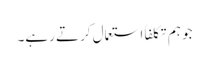
جو ہم تکلفاً استعمال کرتے رہے۔